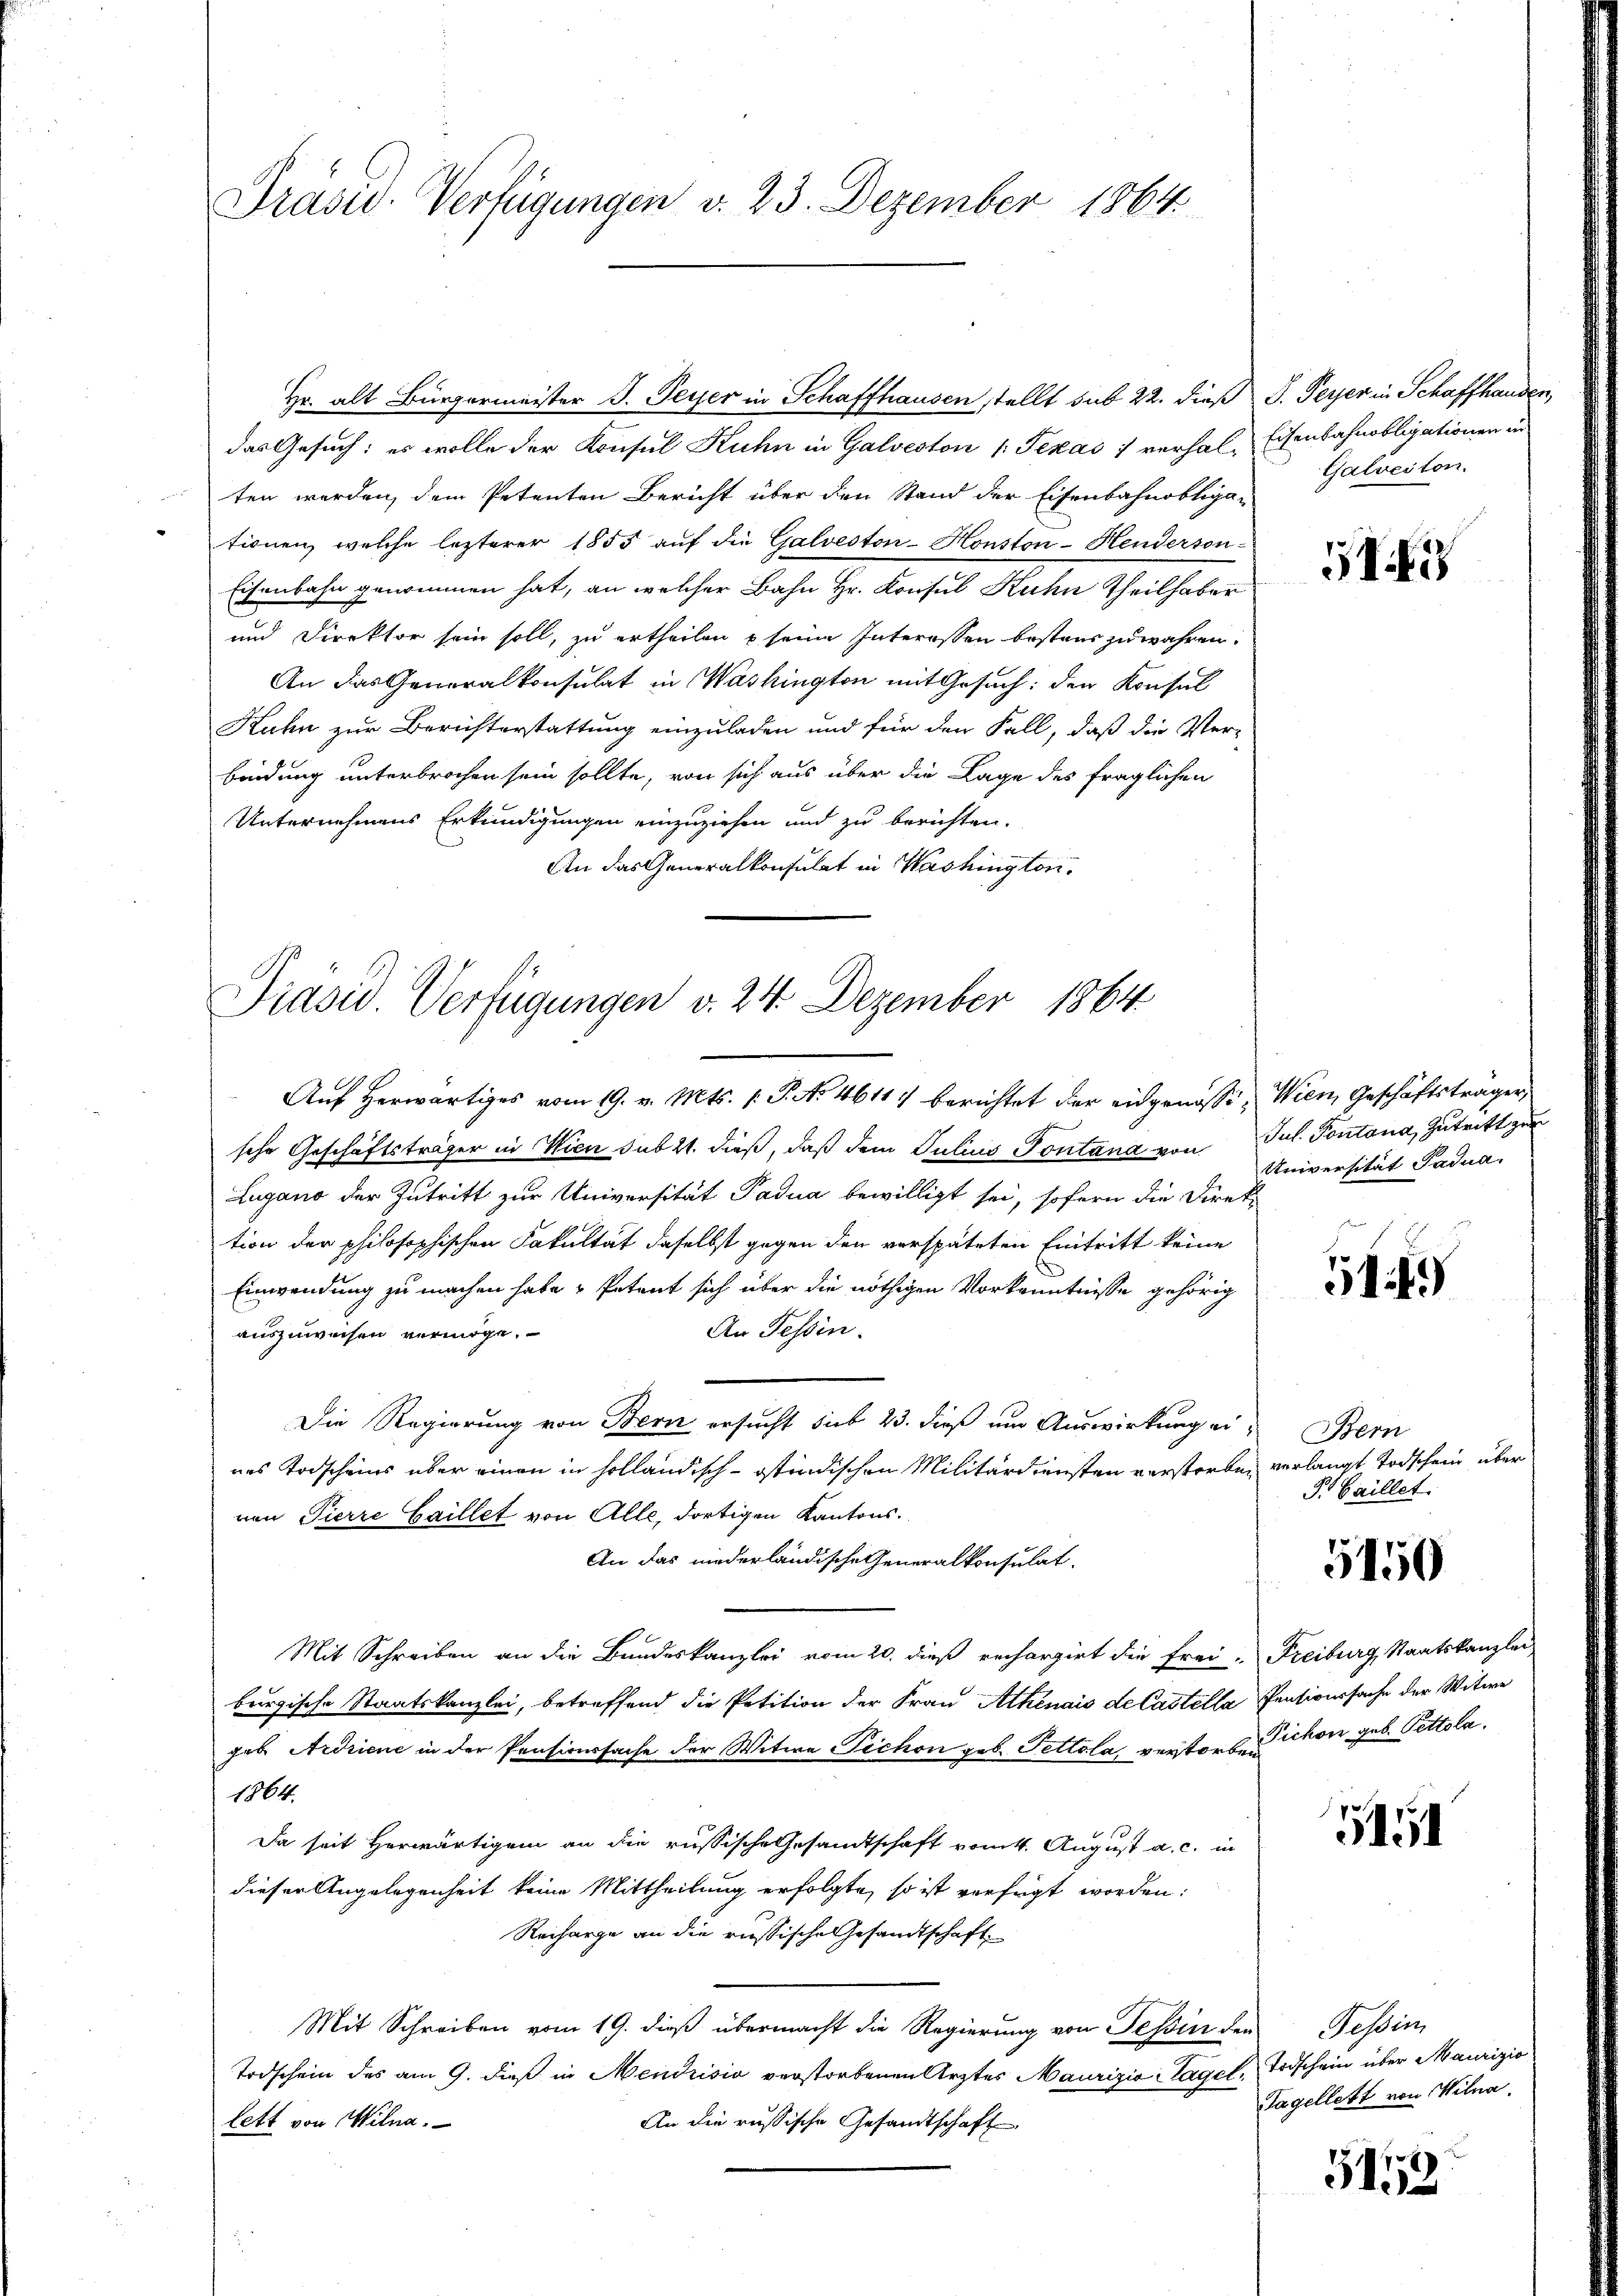
Präsid.- Verfügungen v. 23. Dezember 1864.

Hr. alt Bürgermeister J. Peyer in Schaffhausen stellt sub 22. dieß P. Peyer in Schaffhanden,
das Gesuch: es wolle der Konsul Kuhn in Galveston Texas ) verhal-Eisenbahnobligationen in
ten werden, dem Petenten Bericht über den Stand der Eisenbahnobliga-
tionen, welche lezterer 1855 auf die Galveston-Houston-Henderson-
Eisenbahn genommen hat, an welcher Bahn Hr. Konsul Kuhn Theilhaber
und Direktor sein soll, zu ertheilen u seine Interessen bestens zu währen.
An das Generalkonsulat in Washington mit Gesuch: den Konsul
Kahn zur Berichterstattung einzuladen und für den Fall, daß die Verbindung unterbrochen sein sollte, von sich aus über die Lage des fraglichen
Unternehmens Erkundigungen einzuziehen und zu berichten.
An das Generalkonsulat in Washingten.

Präsid. Verfügungen v. 24. Dezember 1864

Galveiton.

Auf herwärtiges vom 19. v. Mts. (T. N. 4611) berichtet der eidgenössi, Wien, Geschäftsträger,
sche Geschäftsträger in Wien sub 21. dieß, daß dem Julius Pontana von Jul. Pontana, Zutritt zur
Lugano der Zutritt zur Universität Padua bewilligt sei, sofern die Direk-
tion der philosophischen Fakultät daselbst gegen den verspäteten Eintritt keine
Einwendung zu machen habe , Petent sich über die nöthigen Vorkenntnisse gehörig
An Tessin.
auszuweisen vermöge.
Die Regierung von Bern ersucht sub 23. dieß um Auswirkung eines Todscheins über einen in holländisch-ostindischen Militärdiensten verstorben verlangt Todschein über
ven Pierre Gaillet von Alle, dortigen Kantons¬
An das niederländische Generalkonsulat
Mit Schreiben an die Bundeskanzlei vom 20. dieß rechargirt die Frei-Freiburg, Staatskanzlei
burgische Staatskanzlei, betreffend die Petition der Frau Athenais de lastella Pensionssache der Witwe
geb Ardriene in der Pensionssache der Witwe Pichon geb. Pettola vertorte Pichon geb. Pettola.
1864.
Da seit herwärtigem an die russische Gesandtschaft vom 4. August a. c. in
dieser Angelegenheit keine Mittheilung erfolgte, so ist verfügt worden:
Recharge an die russische Gesandtschaft
Mit Schreiben vom 19. dieß übermacht die Regierung von Tessin der Tessin
Todschein des am 9. dieß in Mendrisis verstorbenen Ärztes Maurizio Sagel, Todschein über Maurizio
lett von Wilna
An die russische Gesandtschaft

1

Universität Padua

14 f.)

Bern
P Gaillet.

5150

5451

Tagellett von Mitna

513